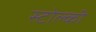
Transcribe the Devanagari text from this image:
स्टोल्की